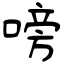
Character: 嗙